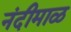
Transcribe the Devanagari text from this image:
नंदीमाळ